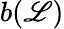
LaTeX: b(\mathscr{L})